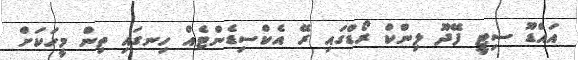
އައްޑޫ ސިޓީ ފޭދޫ ލިންކް ރޯޑްގައި ރޭ އެކްސިޑެންޓެއް ހިނގައި ތިން މީހަކަށް